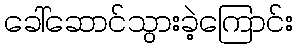
ခေါ်ဆောင်သွားခဲ့ကြောင်း